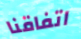
اتفاقنا